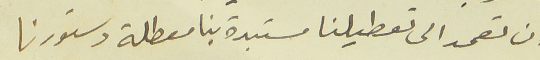
ان تعمد الى تعطيلنا مستبدة بنا معطلة دستورنا